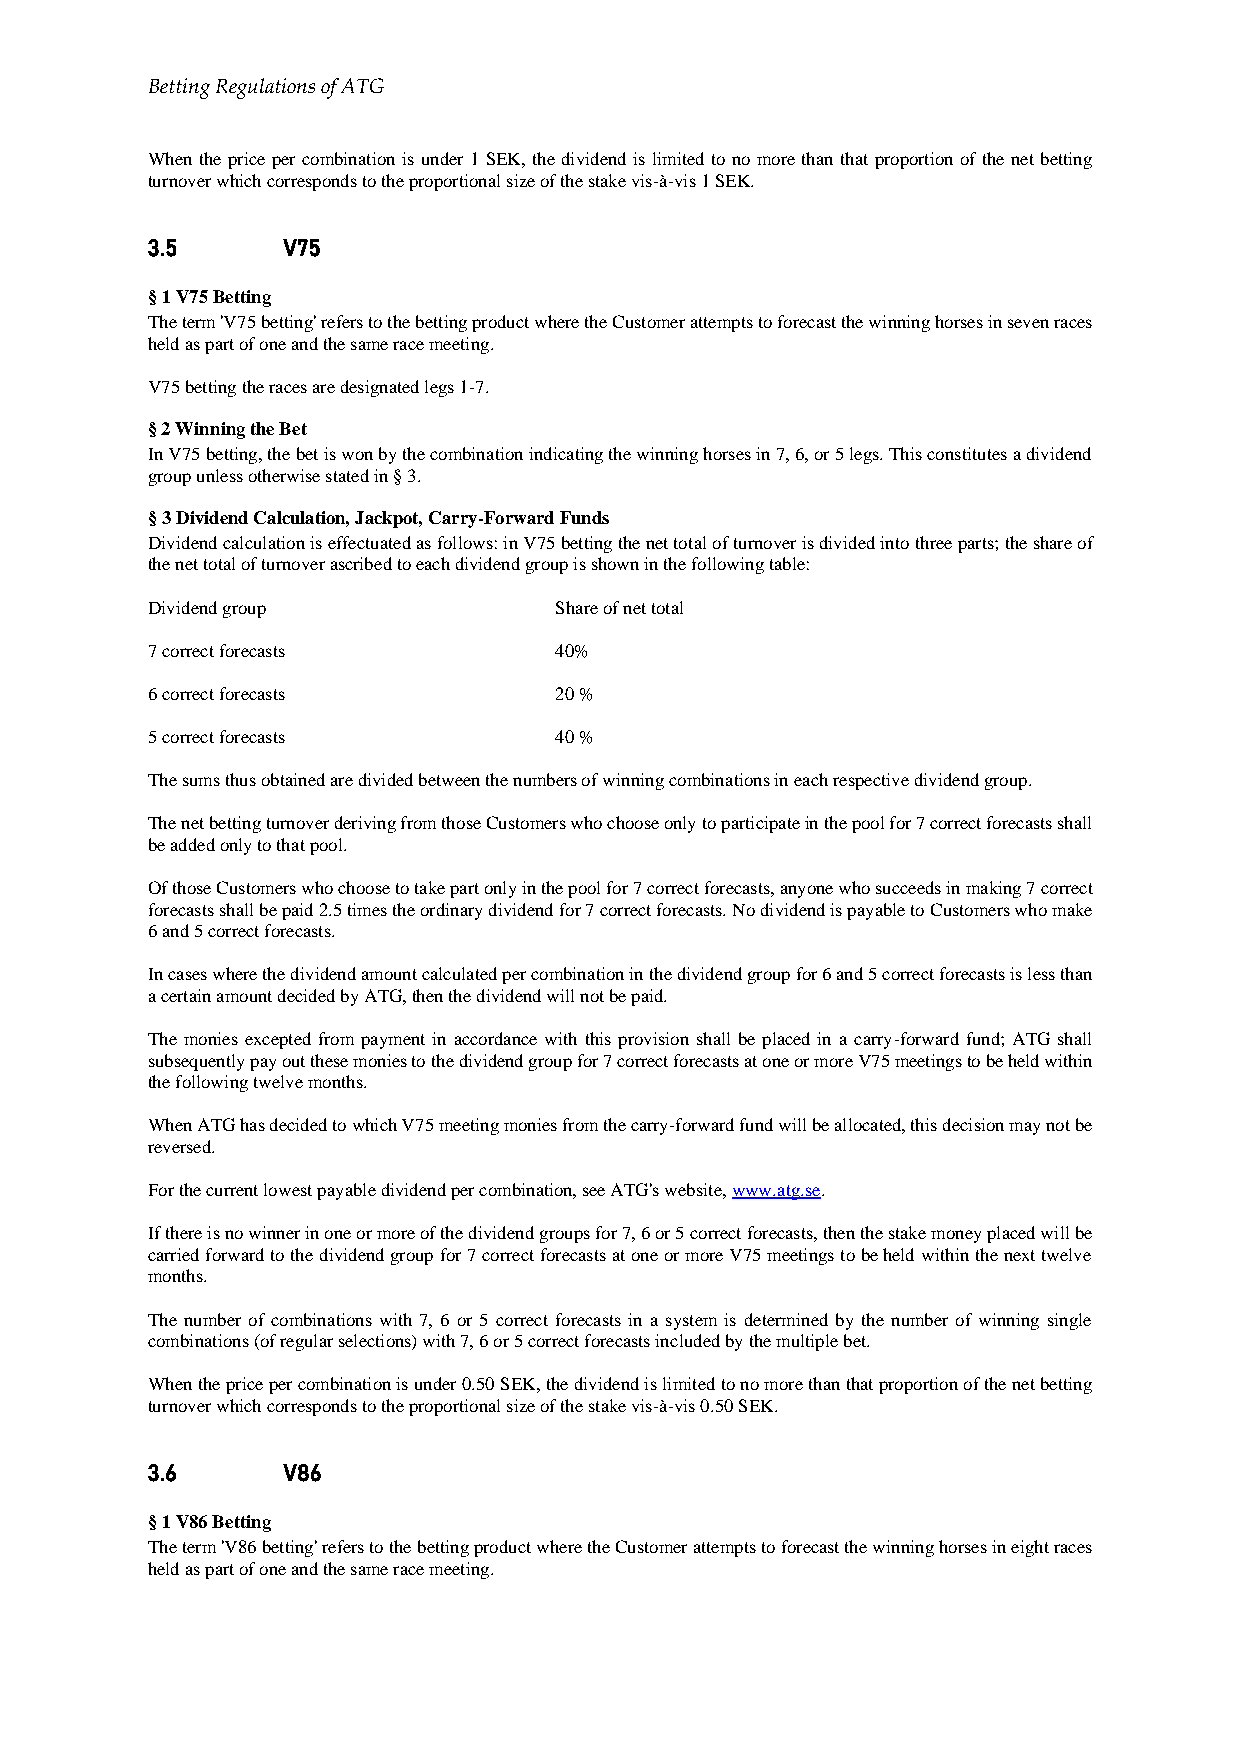
Betting Regulations of ATG
 When the price per combination is under 1 SEK, the dividend is limited to no more than that proportion of the net betting
 turnover which corresponds to the proportional size of the stake vis-à-vis 1 SEK.
 3.5      V75
 § 1 V75 Betting
 The term 'V75 betting' refers to the betting product where the Customer attempts to forecast the winning horses in seven races
 held as part of one and the same race meeting.
 V75 betting the races are designated legs 1-7.
 § 2 Winning the Bet
 In V75 betting, the bet is won by the combination indicating the winning horses in 7, 6, or 5 legs. This constitutes a dividend
 group unless otherwise stated in § 3.
 § 3 Dividend Calculation, Jackpot, Carry-Forward Funds
 Dividend calculation is effectuated as follows: in V75 betting the net total of turnover is divided into three parts; the share of
 the net total of turnover ascribed to each dividend group is shown in the following table:
 Dividend group             Share of net total
 7 correct forecasts        40%
 6 correct forecasts        20 %
 5 correct forecasts        40 %
 The sums thus obtained are divided between the numbers of winning combinations in each respective dividend group.
 The net betting turnover deriving from those Customers who choose only to participate in the pool for 7 correct forecasts shall
 be added only to that pool.
 Of those Customers who choose to take part only in the pool for 7 correct forecasts, anyone who succeeds in making 7 correct
 forecasts shall be paid 2.5 times the ordinary dividend for 7 correct forecasts. No dividend is payable to Customers who make
 6 and 5 correct forecasts.
 In cases where the dividend amount calculated per combination in the dividend group for 6 and 5 correct forecasts is less than
 a certain amount decided by ATG, then the dividend will not be paid.
 The monies excepted from payment in accordance with this provision shall be placed in a carry-forward fund; ATG shall
 subsequently pay out these monies to the dividend group for 7 correct forecasts at one or more V75 meetings to be held within
 the following twelve months.
 When ATG has decided to which V75 meeting monies from the carry-forward fund will be allocated, this decision may not be
 reversed.
 For the current lowest payable dividend per combination, see ATG's website, www.atg.se.
 If there is no winner in one or more of the dividend groups for 7, 6 or 5 correct forecasts, then the stake money placed will be
 carried forward to the dividend group for 7 correct forecasts at one or more V75 meetings to be held within the next twelve
 months.
 The number of combinations with 7, 6 or 5 correct forecasts in a system is determined by the number of winning single
 combinations (of regular selections) with 7, 6 or 5 correct forecasts included by the multiple bet.
 When the price per combination is under 0.50 SEK, the dividend is limited to no more than that proportion of the net betting
 turnover which corresponds to the proportional size of the stake vis-à-vis 0.50 SEK.
 3.6      V86
 § 1 V86 Betting
 The term 'V86 betting' refers to the betting product where the Customer attempts to forecast the winning horses in eight races
 held as part of one and the same race meeting.